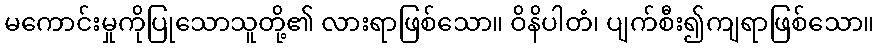
မကောင်းမှုကိုပြုသောသူတို့၏ လားရာဖြစ်သော။ ဝိနိပါတံ၊ ပျက်စီး၍ကျရာဖြစ်သော။